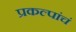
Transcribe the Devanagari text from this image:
प्रकल्पांचं